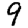
Digit: 9